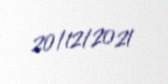
20/12/2021